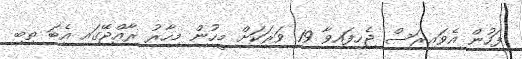
ފަހުން އެވައިރަސް ޖެހިފައިވާ 19 ވަރަކަށް މީހުން މިހާރު ރާއްޖޭގައި އެބަ ތިބި